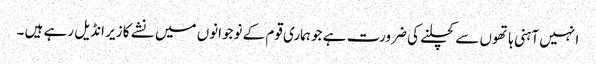
ا نہیں آہنی ہاتھوں سے کچلنے کی ضرورت ہے جو ہماری قوم کے نوجوانوں میں نشے کا زیر انڈیل رہے ہیں ۔